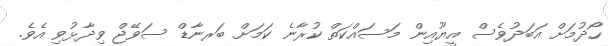
ހޯދުމަށް އަބަދުވެސް އީޔޫއިން މަސައްކަތް ކުރާނެ ކަމަށް ބަރނާޑް ސަވޭޖް ވިދާޅުވި އެވެ.